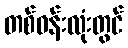
တစ်ဝန်းလုံးတွင်